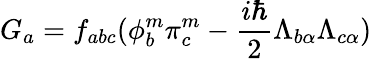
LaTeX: G_{a}=f_{abc}(\phi_{b}^{m}\pi_{c}^{m}-\frac{i\hbar}{2}\Lambda_{b\alpha}\Lambda_{c\alpha})